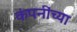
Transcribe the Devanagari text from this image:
कंपनींच्या